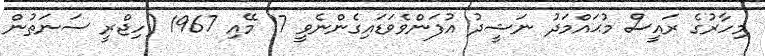
މިހާރުގެ ރައީސް މުޙައްމަދު ނަޝީދު އުފަންވެވަޑައިގެންނެވީ 17 މޭއި 1967 (ހިޖްރީ ސަނަތުން